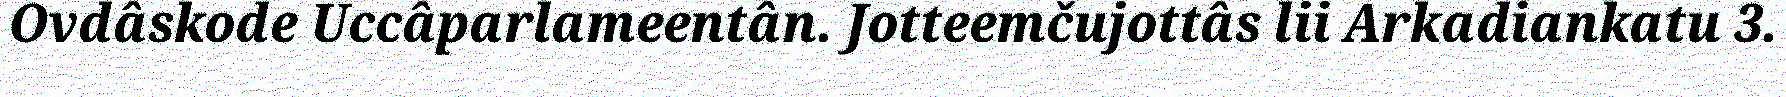
Ovdâskode Uccâparlameentân. Jotteemčujottâs lii Arkadiankatu 3.